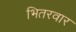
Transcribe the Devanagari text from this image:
भितरवार